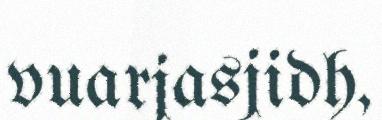
vuarjasjidh,